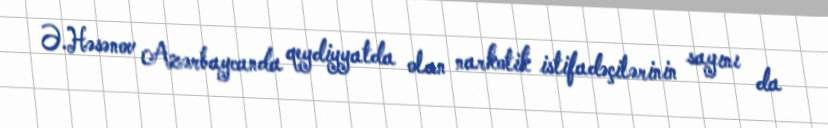
Ə.Həsənov Azərbaycanda qeydiyyatda olan narkotik istifadəçilərinin sayını da